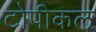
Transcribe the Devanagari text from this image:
टोपीकल